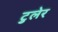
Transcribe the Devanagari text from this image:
टुलेर